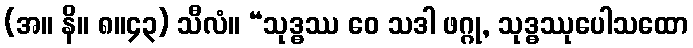
(အ။ နိ။ ၈။၄၃) သီလံ။ “သုဒ္ဓဿ ဝေ သဒါ ဖဂ္ဂု, သုဒ္ဓဿုပေါသထော